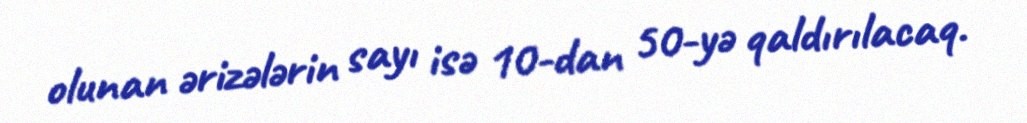
olunan ərizələrin sayı isə 10-dan 50-yə qaldırılacaq.